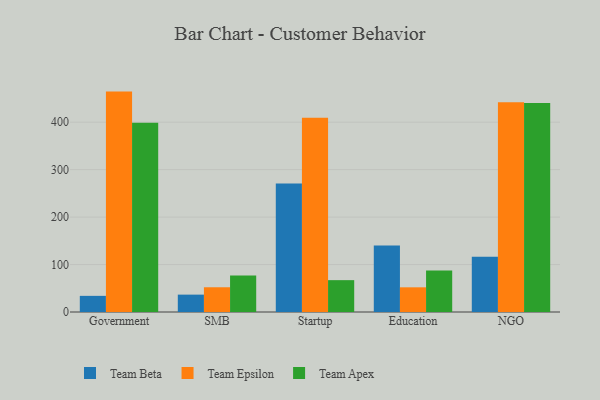
{"axis": {"x": "Segment", "y": "Inventory Turnover"}, "legend": ["Team Apex", "Team Beta", "Team Epsilon"], "data": [{"x": "Government", "y": 34.0, "type": "Team Beta"}, {"x": "Government", "y": 464.4, "type": "Team Epsilon"}, {"x": "Government", "y": 398.7, "type": "Team Apex"}, {"x": "SMB", "y": 36.6, "type": "Team Beta"}, {"x": "SMB", "y": 52.1, "type": "Team Epsilon"}, {"x": "SMB", "y": 76.7, "type": "Team Apex"}, {"x": "Startup", "y": 271.0, "type": "Team Beta"}, {"x": "Startup", "y": 409.4, "type": "Team Epsilon"}, {"x": "Startup", "y": 67.1, "type": "Team Apex"}, {"x": "Education", "y": 140.1, "type": "Team Beta"}, {"x": "Education", "y": 52.0, "type": "Team Epsilon"}, {"x": "Education", "y": 87.4, "type": "Team Apex"}, {"x": "NGO", "y": 116.4, "type": "Team Beta"}, {"x": "NGO", "y": 442.0, "type": "Team Epsilon"}, {"x": "NGO", "y": 440.2, "type": "Team Apex"}]}